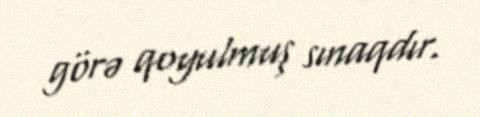
görə qoyulmuş sınaqdır.